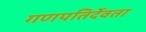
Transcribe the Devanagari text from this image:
गणपतिर्देवता